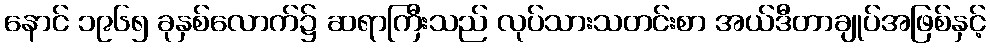
နောင် ၁၉၆၅ ခုနှစ်လောက်၌ ဆရာကြီးသည် လုပ်သားသတင်းစာ အယ်ဒီတာချုပ်အဖြစ်နှင့်